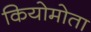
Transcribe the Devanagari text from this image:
कियोमोता